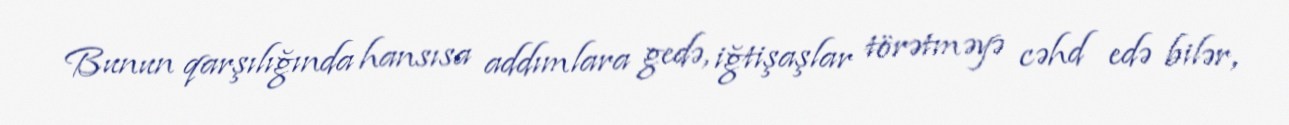
Bunun qarşılığında hansısa addımlara gedə, iğtişaşlar törətməyə cəhd edə bilər,